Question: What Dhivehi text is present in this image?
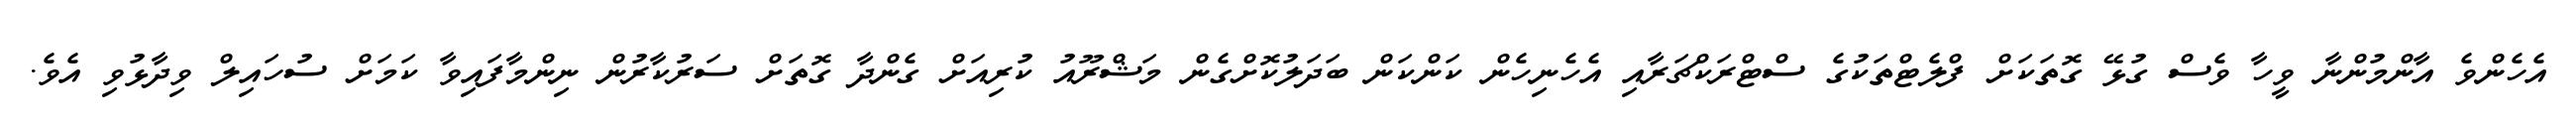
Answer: އެހެންވެ އާންމުންނާ ވީހާ ވެސް ގުޅޭ ގޮތަކަށް ފްލެޓްތަކުގެ ސްޓްރަކްޗަރާއި އެހެނިހެން ކަންކަން ބަދަލުކޮށްގެން މަޝްރޫއު ކުރިއަށް ގެންދާ ގޮތަށް ސަރުކާރުން ނިންމާފައިވާ ކަމަށް ސުހައިލް ވިދާޅުވި އެވެ.